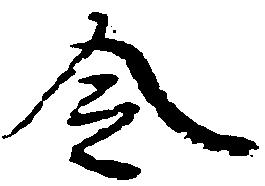
令